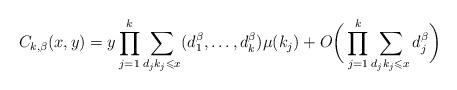
LaTeX: \begin{align*}C_{k,\beta }(x,y) &= y\prod_{j=1}^{k}\sum\limits_{{d_j}{k_j} \leqslant x}(d_1^{\beta}, \dots, d_k^{\beta})\mu(k_j) + O\bigg(\prod_{j=1}^{k}\sum\limits_{{d_j}{k_j} \leqslant x} d_j^{\beta} \bigg) \end{align*}